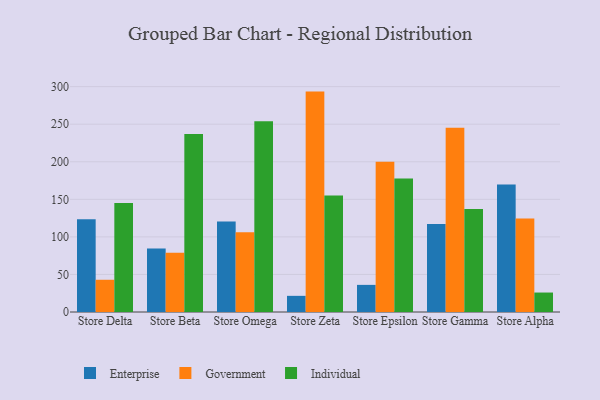
{"axis": {"x": "Store", "y": "Active Users"}, "legend": ["Enterprise", "Government", "Individual"], "data": [{"x": "Store Delta", "y": 123.5, "type": "Enterprise"}, {"x": "Store Delta", "y": 42.9, "type": "Government"}, {"x": "Store Delta", "y": 145.1, "type": "Individual"}, {"x": "Store Beta", "y": 84.6, "type": "Enterprise"}, {"x": "Store Beta", "y": 78.9, "type": "Government"}, {"x": "Store Beta", "y": 236.9, "type": "Individual"}, {"x": "Store Omega", "y": 120.5, "type": "Enterprise"}, {"x": "Store Omega", "y": 106.0, "type": "Government"}, {"x": "Store Omega", "y": 253.8, "type": "Individual"}, {"x": "Store Zeta", "y": 21.5, "type": "Enterprise"}, {"x": "Store Zeta", "y": 293.4, "type": "Government"}, {"x": "Store Zeta", "y": 155.1, "type": "Individual"}, {"x": "Store Epsilon", "y": 36.1, "type": "Enterprise"}, {"x": "Store Epsilon", "y": 200.0, "type": "Government"}, {"x": "Store Epsilon", "y": 177.6, "type": "Individual"}, {"x": "Store Gamma", "y": 117.0, "type": "Enterprise"}, {"x": "Store Gamma", "y": 245.2, "type": "Government"}, {"x": "Store Gamma", "y": 137.2, "type": "Individual"}, {"x": "Store Alpha", "y": 169.6, "type": "Enterprise"}, {"x": "Store Alpha", "y": 124.5, "type": "Government"}, {"x": "Store Alpha", "y": 25.9, "type": "Individual"}]}